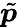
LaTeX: \tilde{\boldsymbol{p}}